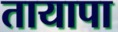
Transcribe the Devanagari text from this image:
तायापा